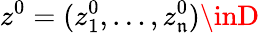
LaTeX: z^{0}=(z_{1}^{0},\dots,z_{\mathfrak{n}}^{0})\inD